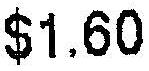
$1.60